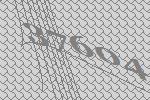
37604